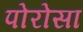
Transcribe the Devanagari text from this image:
पोरोसा